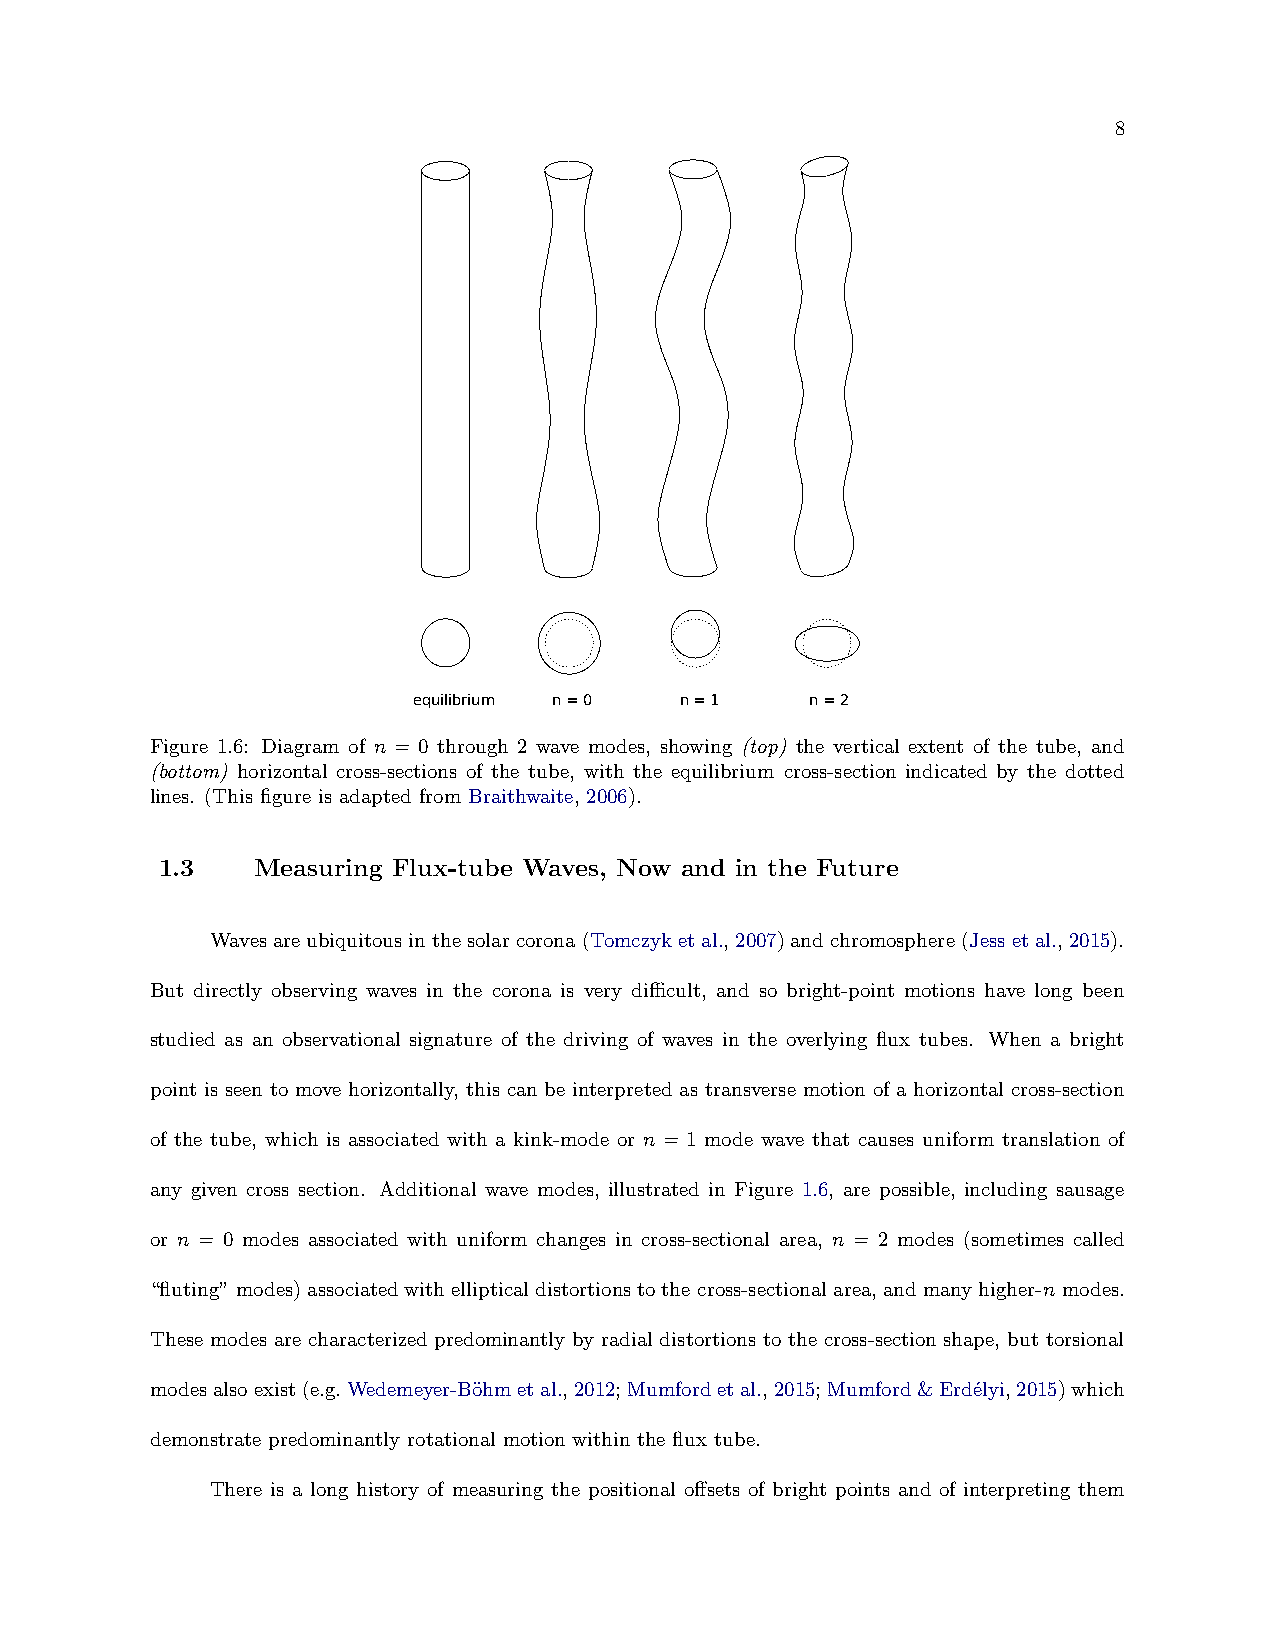
8
 equilibrium n = 0 n = 1    n = 2
 Figure 1.6: Diagram of n = 0 through 2 wave modes, showing (top) the vertical extent of the tube, and
 (bottom) horizontal cross-sections of the tube, with the equilibrium cross-section indicated by the dotted
 lines. (This figure is adapted from Braithwaite, 2006).
 1.3   Measuring Flux-tube Waves, Now and in the Future
 Wavesareubiquitousinthesolarcorona(Tomczyketal.,2007)andchromosphere(Jessetal.,2015).
 But directly observing waves in the corona is very difficult, and so bright-point motions have long been
 studied as an observational signature of the driving of waves in the overlying flux tubes. When a bright
 point is seen to move horizontally, this can be interpreted as transverse motion of a horizontal cross-section
 of the tube, which is associated with a kink-mode or n = 1 mode wave that causes uniform translation of
 any given cross section. Additional wave modes, illustrated in Figure 1.6, are possible, including sausage
 or n = 0 modes associated with uniform changes in cross-sectional area, n = 2 modes (sometimes called
 “fluting” modes) associated with elliptical distortions to the cross-sectional area, and many higher-n modes.
 These modes are characterized predominantly by radial distortions to the cross-section shape, but torsional
 modesalsoexist(e.g.Wedemeyer-B¨ohmetal.,2012;Mumfordetal.,2015;Mumford&Erd´elyi,2015)which
 demonstrate predominantly rotational motion within the flux tube.
 There is a long history of measuring the positional offsets of bright points and of interpreting them